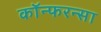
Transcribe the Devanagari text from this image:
कॉन्फरन्सा